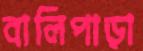
বালিপাড়া